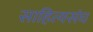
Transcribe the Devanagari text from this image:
साहित्यसंघ